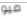
ميو